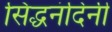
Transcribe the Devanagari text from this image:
सिद्धनंदिनी